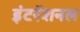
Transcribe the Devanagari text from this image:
इंटरॅशनल